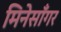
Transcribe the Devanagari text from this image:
मिनेसाँगर